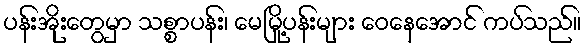
ပန်းအိုးတွေမှာ သစ္စာပန်း၊ မေမြို့ပန်းများ ဝေနေအောင် ကပ်သည်။